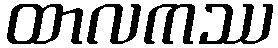
ထာလကဿ